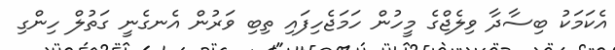
އެކަމަކު ބިސާދާ ވިލެޖްގެ މީހުން ހަމަޖެހިފައި ތިބި ވަރުން އެނގެނީ ގަތުލް ހިންގި